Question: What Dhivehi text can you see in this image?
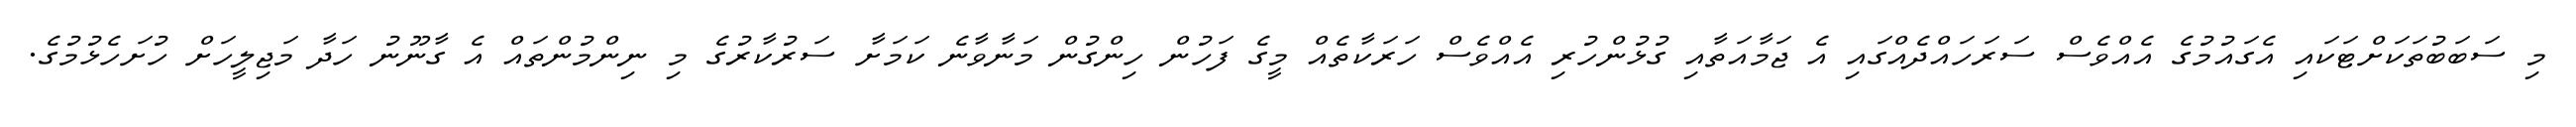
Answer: މި ސަބަބުތަކަށްޓަކައި އެގައުމުގެ އެއްވެސް ސަރަހައްދެއްގައި އެ ޖަމާއަތާއި ގުޅުންހުރި އެއްވެސް ހަރަކާތެއް މީގެ ފަހުން ހިންގުން މަނާވާނެ ކަމަށާ ސަރުކާރުގެ މި ނިންމުންތައް އެ ގާނޫނު ހަދާ މަޖިލީހަށް ހުށަހެޅުމުގެ.